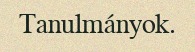
Tanulmányok.